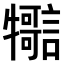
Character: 𤜊